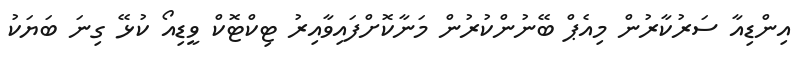
އިންޑިއާ ސަރުކާރުން މިއެޕް ބޭނުންކުރުން މަނާކޮށްފައިވާއިރު ޓިކްޓޮކް ވީޑިއޯ ކުޅޭ ގިނަ ބަޔަކު